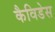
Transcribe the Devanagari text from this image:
कैविडेस